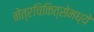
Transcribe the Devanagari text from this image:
नेत्रचिकित्सेमध्ये